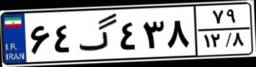
۶۷گ۹۴۶۰۱